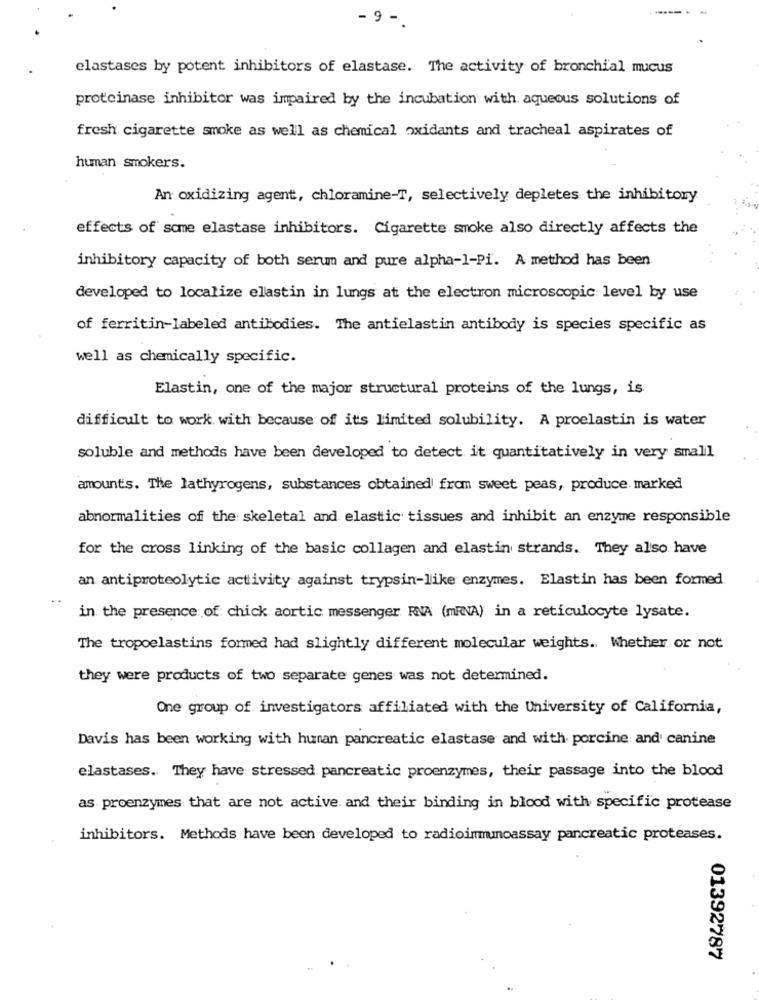
9 -
elastases by potent inhibitors of elastase. The activity of bronchial mucus
proteinase inhibitor was impaired by the incubation with aqueous solutions of
fresh cigarette smoke as well as chemical oxidants and tracheal aspirates of
human smokers.
An oxidizing agent, chloramine-T, selectively depletes the inhibitory
effects of some elastase inhibitors. Cigarette smoke also directly affects the
inhibitory capacity of both serum and pure alpha-1-Pi. A method has been
developed to localize elastin in lungs at the electron microscopic level by use
of ferritin-labeled antibodies. The antielastin antibody is species specific as
well as chemically specific.
Elastin, one of the major structural proteins of the lungs, is
difficult to work with because of it's limited solubility. A proelastin is water
soluble and methods have been developed to detect it quantitatively in very small.
amounts. The lathyrogens, substances obtained from sweet peas, produce. marked
abnormalities of the skeletal and elastic tissues and inhibit an enzyme responsible
for the cross linking of the basic collagen and elastin strands. They also have
an antiproteolytic activity against trypsin-like enzymes. Elastin has been formed.
in the presence of chick aortic messenger RNA (mRNA) in a reticulocyte lysate.
The tropoelastins formed had slightly different molecular weights. Whether or not
they were products of two separate genes was not determined.
One group of investigators affiliated with the University of California,
Davis has been working with human pancreatic elastase and with porcine and canine
elastases. They have stressed pancreatic proenzymes, their passage into the blood
as proenzymes that are not active. and their binding in blood with specific protease
inhibitors. Methods have been developed to radioimmunoassay pancreatic proteases.
01392787